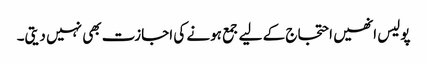
پولیس انھیں احتجاج کے لیے جمع ہونے کی اجازت بھی نہیں دیتی۔